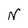
Character: N